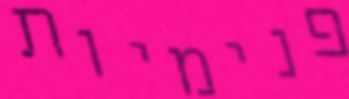
פנימיות